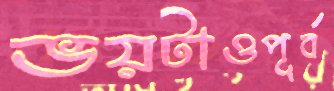
ভয়টাওপূর্ব